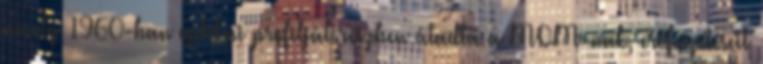
amely 1960-ban optikai profilját részben átadta a MOM-nak, erőfeszítéseit